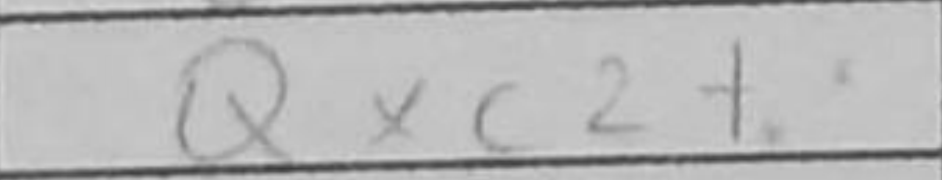
Transcription: Qxc2+